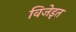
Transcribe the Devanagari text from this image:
विजेइत